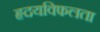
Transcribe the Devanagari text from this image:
हृदयविफलता